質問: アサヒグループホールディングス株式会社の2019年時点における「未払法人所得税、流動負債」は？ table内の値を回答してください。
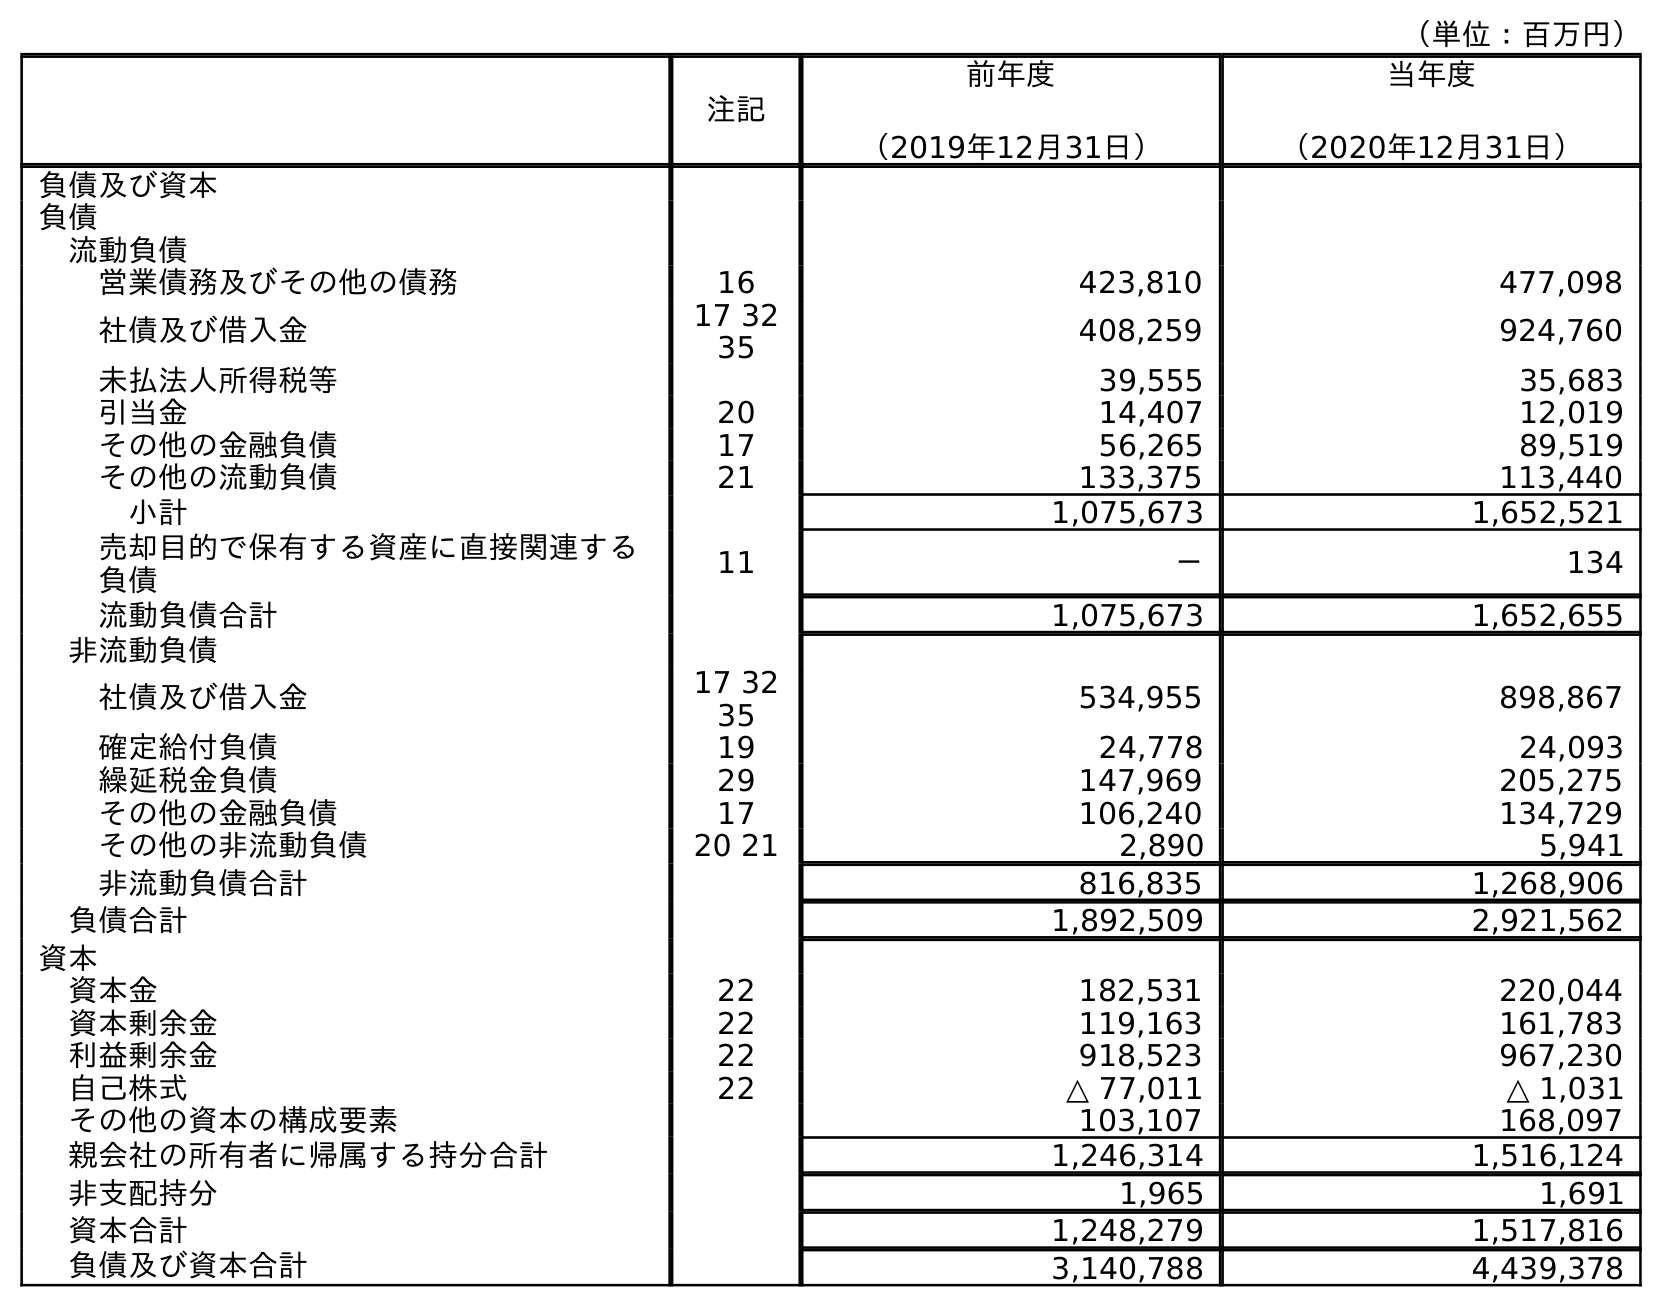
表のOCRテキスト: （単位：百万円） 注記 前年度 （2019年12月31日） 当年度 （2020年12月31日） 負債及び資本 負債 流動負債 営業債務及びその他の債務 16 423,810 477,098 社債及び借入金 17 32 35 408,259 924,760 未払法人所得税等 39,555 35,683 引当金 20 14,407 12,019 その他の金融負債 17 56,265 89,519 その他の流動負債 21 133,375 113,440 小計 1,075,673 1,652,521 売却目的で保有する資産に直接関連する 負債 11 － 134 流動負債合計 1,075,673 1,652,655 非流動負債 社債及び借入金 17 32 35 534,955 898,867 確定給付負債 19 24,778 24,093 繰延税金負債 29 147,969 205,275 その他の金融負債 17 106,240 134,729 その他の非流動負債 20 21 2,890 5,941 非流動負債合計 816,835 1,268,906 負債合計 1,892,509 2,921,562 資本 資本金 22 182,531 220,044 資本剰余金 22 119,163 161,783 利益剰余金 22 918,523 967,230 自己株式 22 △ 77,011 △ 1,031 その他の資本の構成要素 103,107 168,097 親会社の所有者に帰属する持分合計 1,246,314 1,516,124 非支配持分 1,965 1,691 資本合計 1,248,279 1,517,816 負債及び資本合計 3,140,788 4,439,378
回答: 39,555